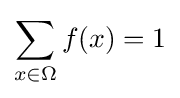
\sum _{x\in \Omega }f(x)=1